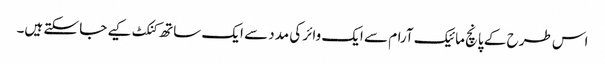
اس طرح کے پانچ مائیک آرام سے ایک وائر کی مدد سے ایک ساتھ کنکٹ کیے جا سکتے ہیں۔